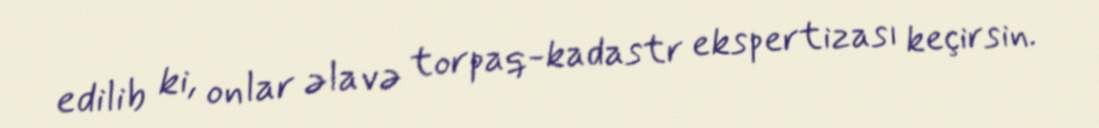
edilib ki, onlar əlavə torpaq-kadastr ekspertizası keçirsin.